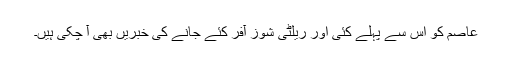
عاصم کو اس سے پہلے کئی اور ریلٹی شوز آفر کئے جانے کی خبریں بھی آ چکی ہیں۔